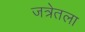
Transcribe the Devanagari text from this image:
जत्रेतला